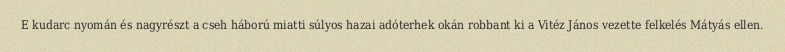
E kudarc nyomán és nagyrészt a cseh háború miatti súlyos hazai adóterhek okán robbant ki a Vitéz János vezette felkelés Mátyás ellen.